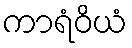
ကာရံဝိယံ